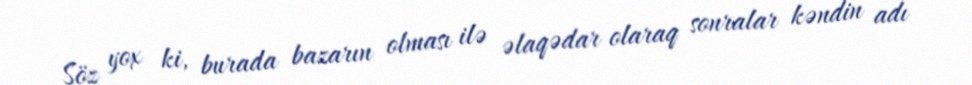
Söz yox ki, burada bazarın olması ilə əlaqədar olaraq sonralar kəndin adı